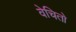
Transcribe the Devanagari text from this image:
वेचितो